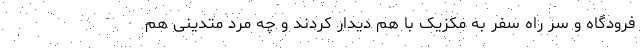
فرودگاه و سر راه سفر به مکزیک با هم دیدار کردند و چه مرد متدینی هم